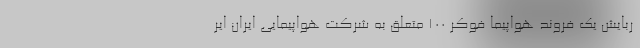
ربایش یک فروند هواپیما فوکر ۱۰۰ متعلق به شرکت هواپیمایی ایران ایر